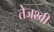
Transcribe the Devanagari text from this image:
तेजश्वी